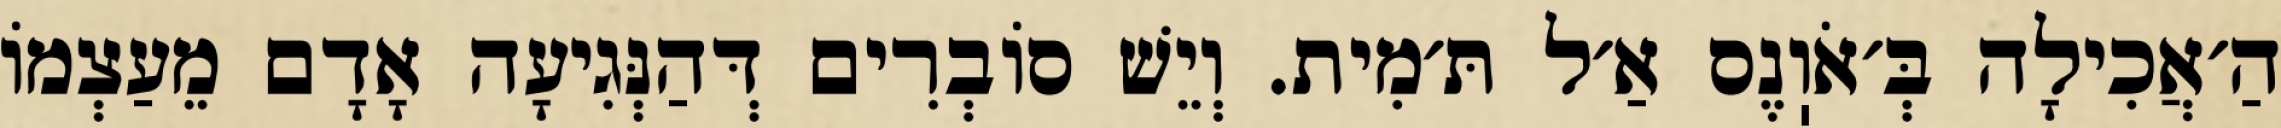
הַ׳אֲכִילָה בְּ׳אֹוֽנֶס אַ׳ל תּ׳מִית. וְיֵשׁ סוֹבְרִים דְּהַנְּגִיעָה אָדָם מֵעַצְמוֹ